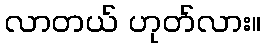
လာတယ် ဟုတ်လား။